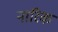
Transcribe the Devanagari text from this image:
नारिक